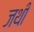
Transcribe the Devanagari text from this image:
जथी